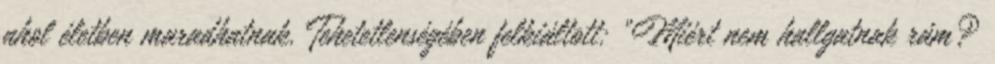
ahol életben maradhatnak. Tehetetlenségében felkiáltott: „Miért nem hallgatnak rám?